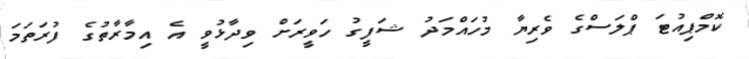
ކޮމްޕިއުޓަ ޕްލަސްގެ ވެރިޔާ މުހައްމަދު ޝަފީގު ހަވީރަށް ވިދާޅުވީ އެ އިމާރާތުގެ ފުރަތަމަ